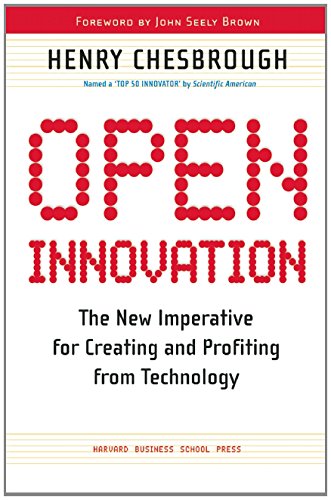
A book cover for Open Innovation: The New Imperative for Creating And Profiting from Technology; Henry William Chesbrough; Business & Money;